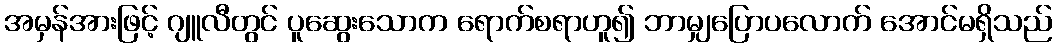
အမှန်အားဖြင့် ဂျူလီတွင် ပူဆွေးသောက ရောက်စရာဟူ၍ ဘာမျှပြောပလောက် အောင်မရှိသည်